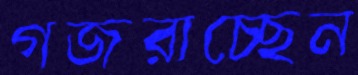
গজরাচ্ছেন